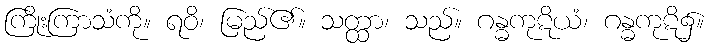
ကြိုးကြာသံကို။ ရဝိ၊ မြည်၏။ သတ္ထာ၊ သည်။ ဂန္ဓကုဋိယံ၊ ဂန္ဓကုဋိ၌။